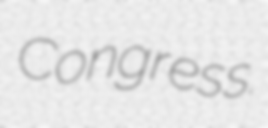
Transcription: Congress.